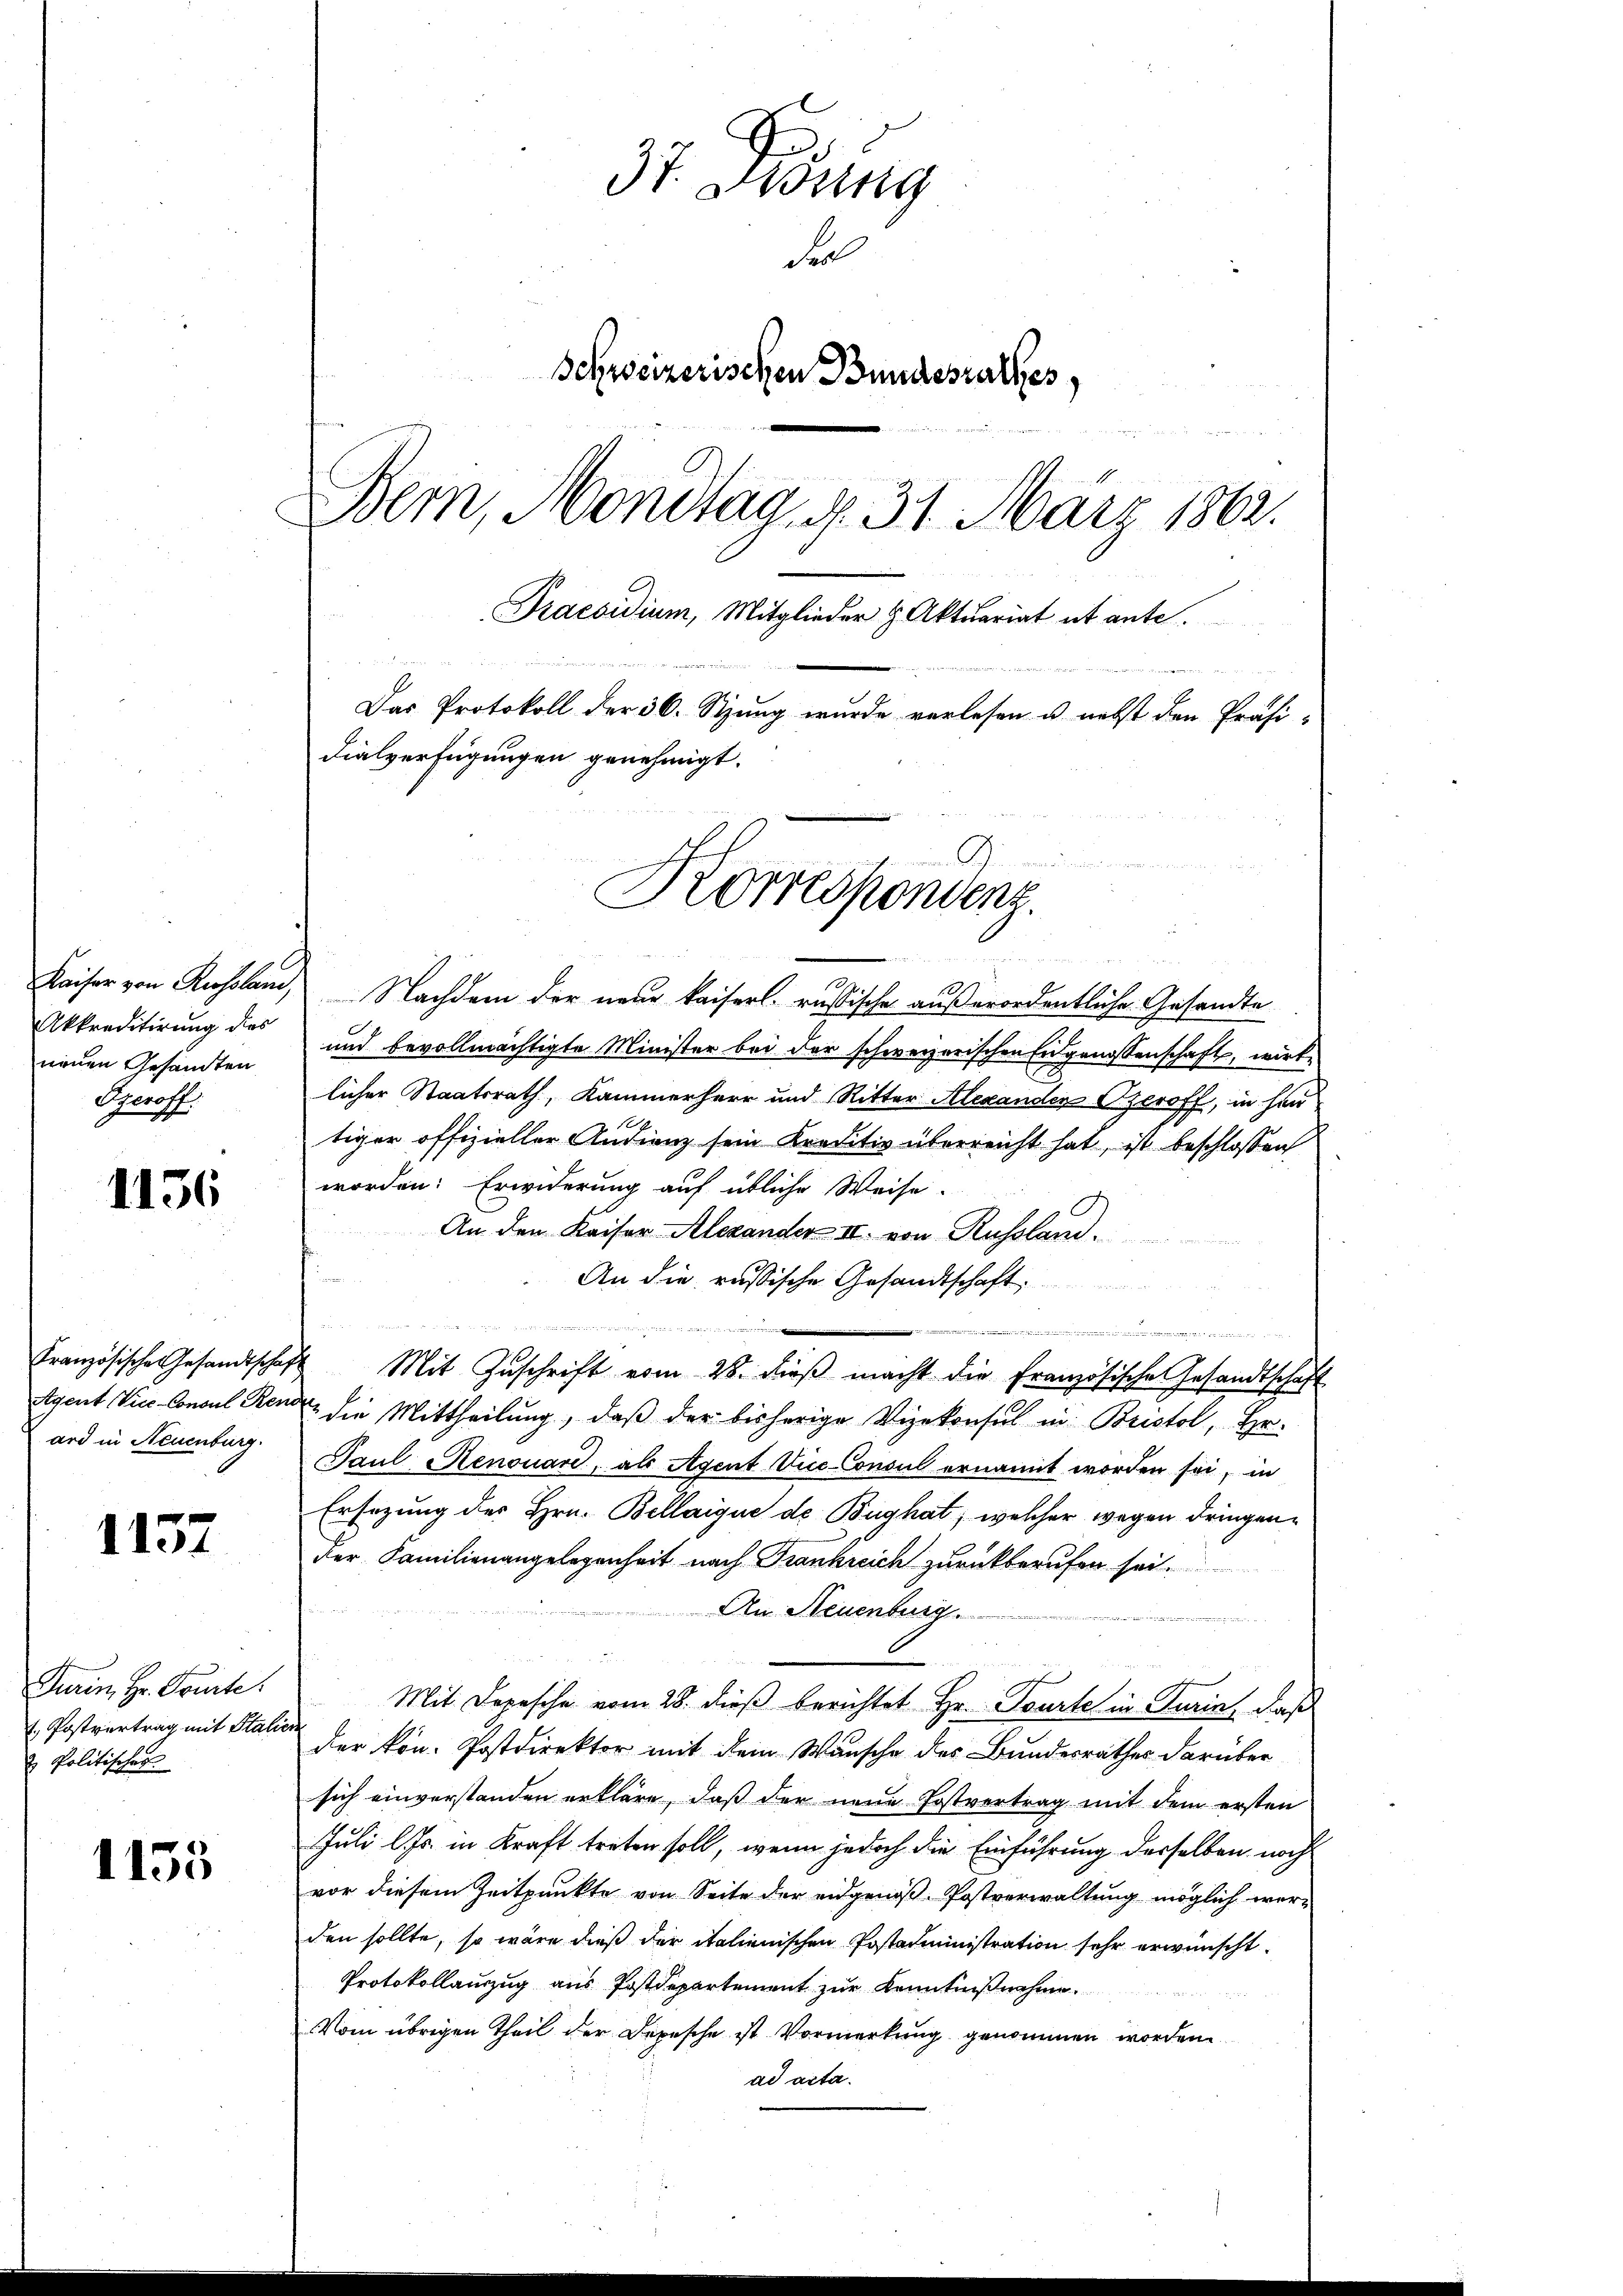
Kaiser von Russlau,
Akkreditirung dies
neuen Gesandten
Ggeroff

1136

ard in Neuenburg.

1157

Turin Hr. Tourte.
. Postvertrag mit Stalie
2 Politisches

1135

31 Didung
Fr
Schweizerischen Bundesrathes
Bern, Mondtag. 31. März 1802.
Praesidium, Mitglieder H. Aktuariat et ante.
Das Protokoll der 36. Stung wurde verlesen u. nebst den Präsi-
dialverfügungen genehmigt.
Korrespondenz.

Nachdem der neuer kaiserl. russische außerordentliche Gesandte
und bevollmächtigte Minister bei der schweizerischen Eidgenossenschaft, wirklicher Staatsrath, Kammerherr und Ritter Alexanden Beroff, in heu
tiger offizieller Audienz sein Kreditiv überreicht hat, ist beschlossen
worden: Erwiderung auf übliche Weise.
An den Kaiser-Alexander II. von Russland
An die russische Gesandtschaft

.
Französische Gesandtschaft Mit Zŭschrift vom 28. dieβ macht die Französische Gesandtschaft
Agent Vice-Concul Rende die Mittheilung, daß der bisherige Vizekonsul in Bristol, Hr.
Paul Renouare, als Agent Vice-Consul ernannt worden sei, in
Ersezung der Hrn. Bellaique de Bughat, welcher wegen dringender Familienangelegenheit nach Frankreich zurückberufen sei.
An Neuenburg.
c
Mit Depesche vom 28. dieß berichtet Hr. Tourte in Turin, daß
der von Postdirektor mit dem Wunsche des Bundesrathes darüber
sich einverstanden erkläre, daß der neue Postvertrag mit dem ersten
Juli l. Js. in Kraft treten soll, wenn jedoch die Einführung desselben noch
vor diesem Zeitpunkte von Seite der eidgenoß. Postverwaltung möglich werden sollte, so wäre dieß der italienischen Postadministration sehr erwünscht.
Protokollauszug aus Postdepartement zur Kenntnißnahme.
Vom übrigen Theil der Depesche ist Vormerkung genommen worden
ad acta.

¬
u